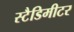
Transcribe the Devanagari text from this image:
स्टैडिमीटर